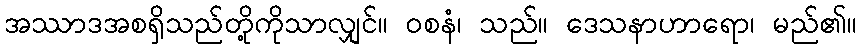
အဿာဒအစရှိသည်တို့ကိုသာလျှင်။ ဝစနံ၊ သည်။ ဒေသနာဟာရော၊ မည်၏။